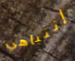
إنتباهي